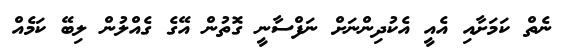
ނެތް ކަމަށާއި އެއީ އެކުދިންނަށް ނަފްސާނީ ގޮތުން އޭގެ ގެއްލުން ލިބޭ ކަމެއް